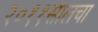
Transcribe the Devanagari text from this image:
२०११सालचा